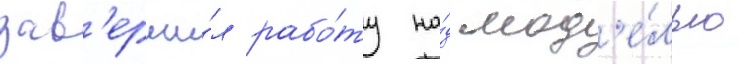
зав'ерши́л рабо́ту на́д мод'е́лью